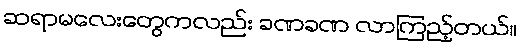
ဆရာမလေးတွေကလည်း ခဏခဏ လာကြည့်တယ်။